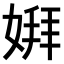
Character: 𫱋